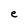
Character: e